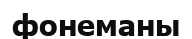
фонеманы